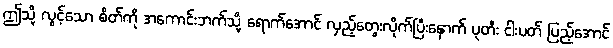
ဤသို့ လွင့်သော စိတ်ကို အကောင်းဘက်သို့ ရောက်အောင် လှည့်တွေးလိုက်ပြီးနောက် ပုတီး ငါးပတ် ပြည့်အောင်